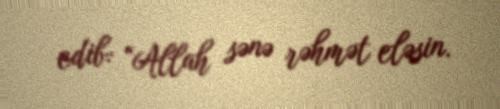
edib: “Allah sənə rəhmət eləsin.